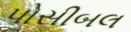
પોસીબલ